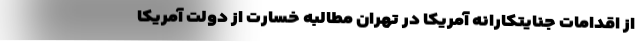
از اقدامات جنایتکارانه آمریکا در تهران مطالبه خسارت از دولت آمریکا